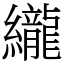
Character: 䌬